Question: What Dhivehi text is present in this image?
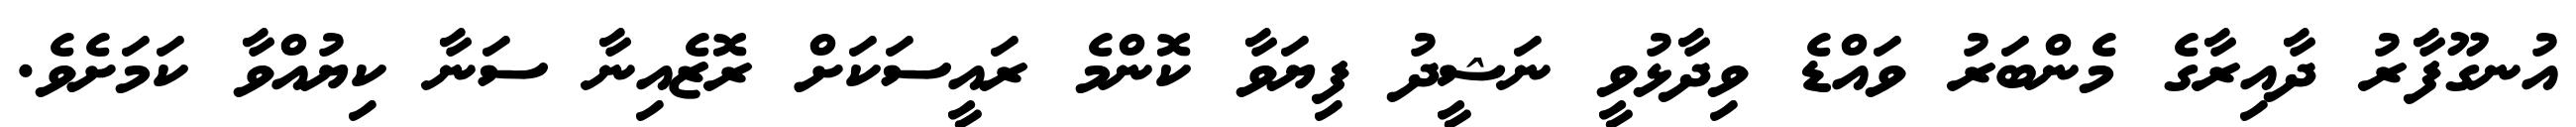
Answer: އުނގޫފާރު ދާއިރާގެ މެންބަރު ވައްޑެ ވިދާޅުވީ ނަޝީދު ފިޔަވާ ކޮންމެ ރައީސަކަށް ރޮޒެއިނާ ސަނާ ކިޔުއްވާ ކަމަށެވެ.